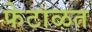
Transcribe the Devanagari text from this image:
फेटाळत